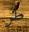
طر